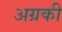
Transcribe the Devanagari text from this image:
अग्रकी